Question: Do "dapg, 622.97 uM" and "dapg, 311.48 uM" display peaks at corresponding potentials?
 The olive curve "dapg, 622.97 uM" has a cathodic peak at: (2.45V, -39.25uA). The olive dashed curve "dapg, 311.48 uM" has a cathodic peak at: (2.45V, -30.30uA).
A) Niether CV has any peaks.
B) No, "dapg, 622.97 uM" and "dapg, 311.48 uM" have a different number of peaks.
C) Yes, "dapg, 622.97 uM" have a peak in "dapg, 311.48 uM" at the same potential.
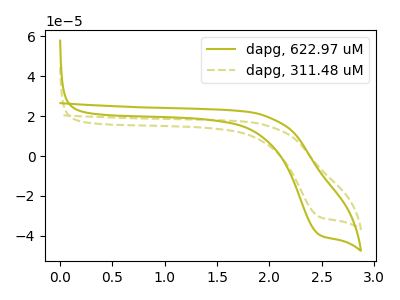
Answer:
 <answer>C) Yes, "dapg, 622.97 uM" have a peak in "dapg, 311.48 uM" at the same potential.</answer>
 <eval>C</eval>